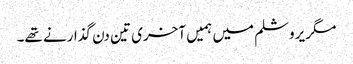
مگر یروشلم میں ہمیں آخری تین دن گذارنے تھے۔